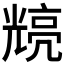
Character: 𭀴